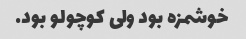
خوشمزه بود ولی کوچولو بود.